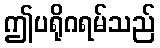
ဤပရိုဂရမ်သည်